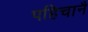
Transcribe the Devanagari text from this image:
पहिचानै